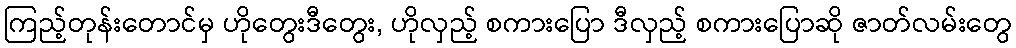
ကြည့်တုန်းတောင်မှ ဟိုတွေးဒီတွေး, ဟိုလှည့် စကားပြော ဒီလှည့် စကားပြောဆို ဇာတ်လမ်းတွေ